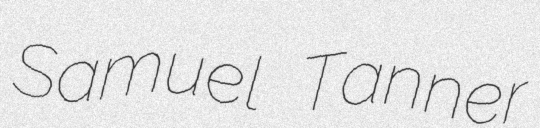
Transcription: Samuel Tanner